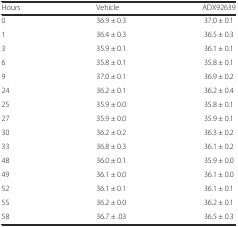
<table><thead><tr><td><b>Hours</b></td><td><b>Vehicle</b></td><td><b>ADX92639</b></td></tr></thead><tbody><tr><td>0</td><td>36.9 ± 0.3</td><td>37.0 ± 0.1</td></tr><tr><td>1</td><td>36.4 ± 0.3</td><td>36.5 ± 0.3</td></tr><tr><td>3</td><td>35.9 ± 0.1</td><td>36.1 ± 0.1</td></tr><tr><td>6</td><td>35.8 ± 0.1</td><td>35.8 ± 0.1</td></tr><tr><td>9</td><td>37.0 ± 0.1</td><td>36.9 ± 0.2</td></tr><tr><td>24</td><td>36.2 ± 0.1</td><td>36.2 ± 0.4</td></tr><tr><td>25</td><td>35.9 ± 0.0</td><td>35.8 ± 0.1</td></tr><tr><td>27</td><td>35.9 ± 0.0</td><td>35.9 ± 0.1</td></tr><tr><td>30</td><td>36.2 ± 0.2</td><td>36.3 ± 0.2</td></tr><tr><td>33</td><td>36.8 ± 0.3</td><td>36.1 ± 0.2</td></tr><tr><td>48</td><td>36.0 ± 0.1</td><td>35.9 ± 0.0</td></tr><tr><td>49</td><td>36.1 ± 0.0</td><td>36.1 ± 0.0</td></tr><tr><td>52</td><td>36.1 ± 0.1</td><td>36.1 ± 0.1</td></tr><tr><td>55</td><td>36.2 ± 0.0</td><td>36.2 ± 0.1</td></tr><tr><td>58</td><td>36.7 ± .03</td><td>36.5 ± 0.3</td></tr></tbody></table>